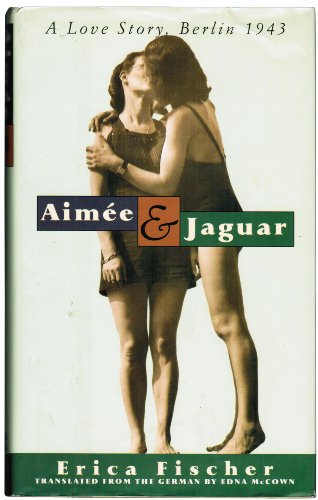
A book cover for Aimee and Jaguar: A Love Story, Berlin 1943; Erica Fischer; Gay & Lesbian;